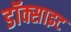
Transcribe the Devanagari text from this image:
डॉक्साइट